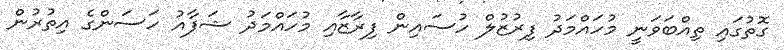
ގޮތުގައި ތިއްބަވަނީ މުހައްމަދު ފިރުޒުލް ހުސައިން ފިރާޒާއި މުހައްމަދު ޝަފާއު ހަސަންގެ އިތުރުން